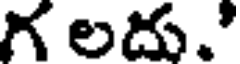
గ లదు.'